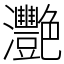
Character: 灧